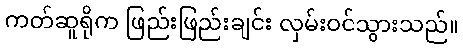
ကတ်ဆူရိုက ဖြည်းဖြည်းချင်း လှမ်းဝင်သွားသည်။